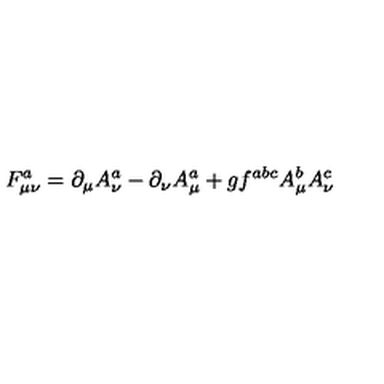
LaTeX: F _ { \mu \nu } ^ { a } = \partial _ { \mu } A _ { \nu } ^ { a } - \partial _ { \nu } A _ { \mu } ^ { a } + g f ^ { a b c } A _ { \mu } ^ { b } A _ { \nu } ^ { c }